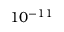
1 0 ^ { - 1 1 }